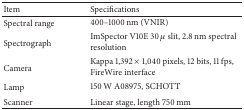
<table><thead><tr><td><b>Item </b></td><td><b> Specifications </b></td></tr></thead><tbody><tr><td>Spectral range </td><td> 400–1000 nm (VNIR)</td></tr><tr><td>Spectrograph </td><td> ImSpector V10E 30 <i>μ</i> slit, 2.8 nm spectral resolution </td></tr><tr><td>Camera </td><td> Kappa 1,392 × 1,040 pixels, 12 bits, 11 fps, FireWire interface </td></tr><tr><td>Lamp </td><td> 150 W A08975, SCHOTT </td></tr><tr><td>Scanner </td><td> Linear stage, length 750 mm </td></tr></tbody></table>